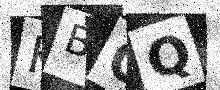
Text: KBGQ